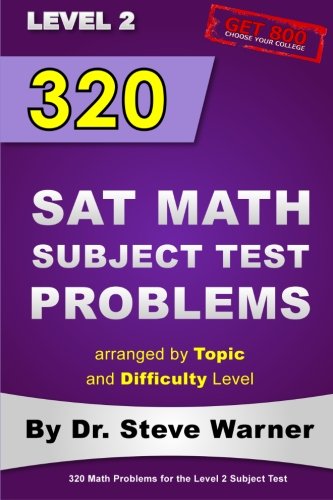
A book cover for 320 SAT Math Subject Test Problems arranged by Topic and Difficulty Level  - Level 2: 160 Questions with Solutions, 160 Additional Questions with Answers; Steve Warner; Test Preparation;